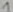
Text: 1